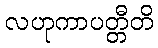
လဟုကာပတ္တီတိ